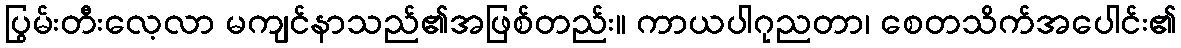
ပြွမ်းတီးလေ့လာ မကျင်နာသည်၏အဖြစ်တည်း။ ကာယပါဂုညတာ၊ စေတသိက်အပေါင်း၏